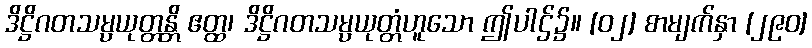
ဒိဋ္ဌိဂတသမ္ပယုတ္တန္တိ ဧတ္ထ၊ ဒိဋ္ဌိဂတသမ္ပယုတ္တံဟူသော ဤပါဌ်၌။ [၀၂] စာမျက်နှာ [၂၉၀]